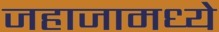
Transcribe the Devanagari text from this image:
जहाजामध्ये